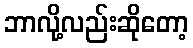
ဘာလို့လည်းဆိုတော့